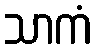
သာကံ